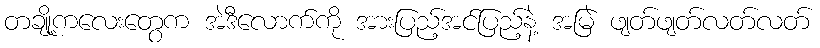
တချို့ကလေးတွေက အဲဒီလောက်ကို အားပြည့်အင်ပြည့်နဲ့ အမြဲ ဖျတ်ဖျတ်လတ်လတ်